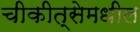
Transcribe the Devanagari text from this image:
चीकीत्सेमधील